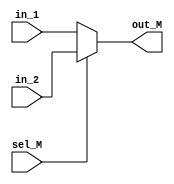
`timescale 1ns / 1ps
//////////////////////////////////////////////////////////////////////////////////
// Company: 
// Engineer: 
// 
// Design Name: 
// Module Name: MUX_ACC
// Project Name: 
// Target Devices: 
// Tool Versions: 
// Description: 
// 
// Dependencies: 
// 
// Revision:
// Revision 0.01 - File Created
// Additional Comments:
// 
//////////////////////////////////////////////////////////////////////////////////

`define WIDTH_4 8
module MUX_ACC(
in_1 , in_2 , out_M , sel_M );

input [`WIDTH_4-1:0] in_1 , in_2 ;
input sel_M ;
output [`WIDTH_4-1:0] out_M ;


assign out_M = sel_M ? in_2 :in_1 ;

endmodule